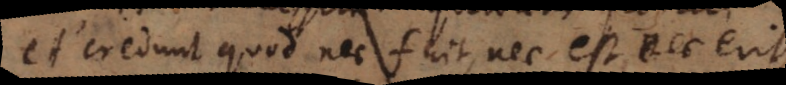
et credunt quod nec fuit, nec est, nec erit